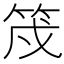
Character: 𮅇